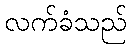
လက်ခံသည်